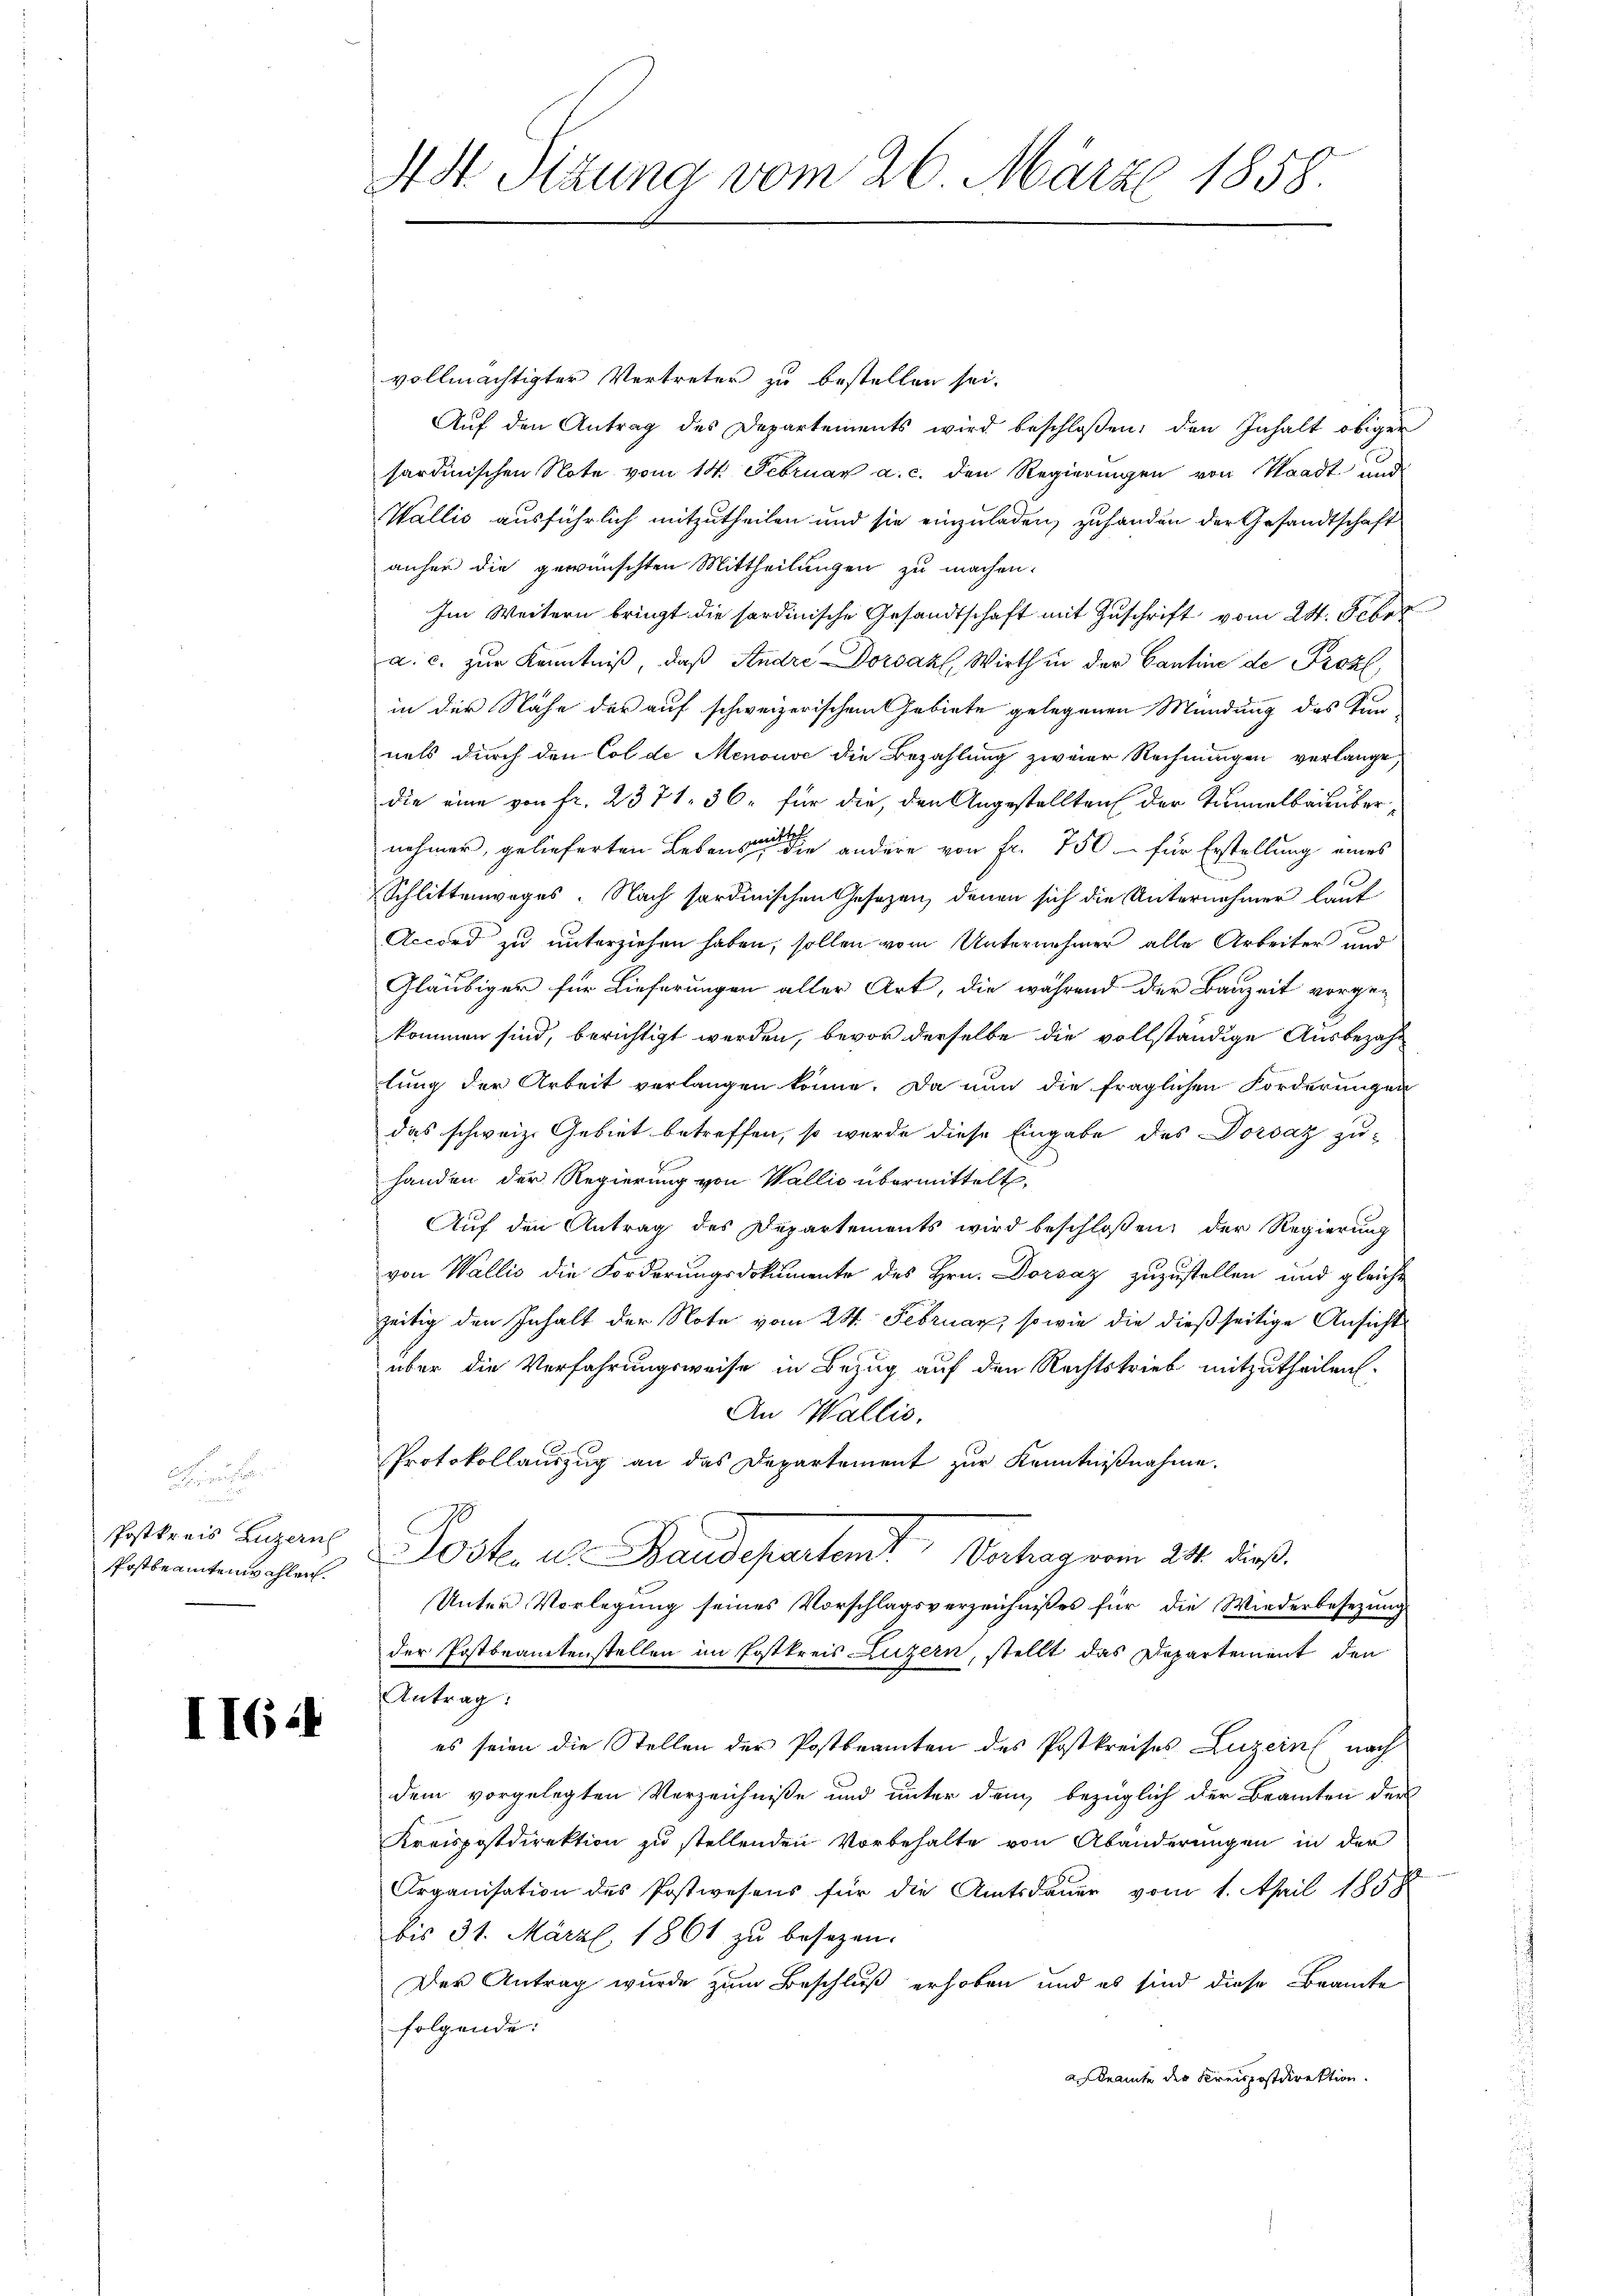
e
i
Postkreis Luzern
Postbeamtenwahlen.

II6:4

4 St. Sitzung vom 26. März 1858.

vollmächtigter Vertreter zu bestellen sei.
Aŭf den Antrag des Departements wird beschloßen: den Inhalt obiger
sardinischen Note vom 14. Februar a. c. den Regierungen von Staadt und
Wallis ausführlich mitzutheilen und sie einzuladen, zuhanden der Gesandtschaft
anher die gewünschten Mittheilungen zu machen.
Im Weitern bringt die sordinische Gesandtschaft mit Zuschrift vom 24. Febr.
a. c. zŭr Kenntniß, daß Andre Dorsakl, Wirth in der Cantine de Proz
in der Nähe der auf schweizerischem Gebiete gelegenen Mündung des Kunnels durch den Col de Menouve die Bezahlung zweier Rechnungen verlange
die eine von fr. 2371. 36. für die, den Angestellten der Trammelbau übernehmer, gelieferten Lebens an die andere von Fr. 750 – für Erstellung eines
Schlittenweges. Nach sordinischen Gesetzen, denen sich die Unternehmer laut
Accord zu unterziehen haben, sollen vom Unternehmer alle Arbeiter und
Gläubiger für Lieferungen aller Art, die während der Bauzeit vorge-
kommen sind, berichtigt werden, bevor derselbe die vollständige Ausbezahl
lung der Arbeit verlangen könne. Da nun die fraglichen Forderungen
das schweiz. Gebiet betreffen, so wurde diese Eingabe des Dorsaz zu-
handen der Regierung von Wallis übermittelt,
Auf den Antrag des Departements wird beschloßen, der Regierung
von Wallis die Forderungsdokumente des Hrn. Dorsaz zuzustellen und gleiche
zeitig den Inhalt der Note vom 24. Februar, so wie die dießseitige Ansicht
über die Verfahrungsweise in Bezug auf den Rechtstrieb mitzutheilen.
An Wallis,
Protokollauszug an das Departement zur Kenntnißnahme.
Posten u. Baudepartenit, Vertrag vom 24. dieß
Unter Vorlegung seines Vorschlagsverzeichnisses für die Wiederbesezung
der Postbeamtenstellen im Postkreis Luzern, stellt das Departement den
Antrag:
es seien die Stellen der Postbeamten des Postkreises Luzern nach
dem vorgelegten Verzeichniße und unter dem bezüglich der Beamten der
Kreispostdirektion zu stellenden Vorbehalte von Abänderungen in der
Organisation des Postwesens für die Amtsdauer vom 1. April 18588
bis 31. Märzl, 1861 zu besezen.
Der Antrag wurde zum Beschluß erhoben und es sind diese Beamte
folgende:
akramte der Kreispostdirektion.